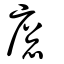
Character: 𢊕